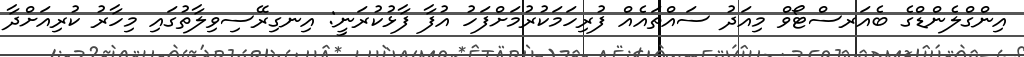
އިންގްލެންޑްގެ ބެއަރސްޓޯވް މިއަދު ސައްތައެއް ފުރިހަމަކުރުމަށްފަހު އުފާ ފާޅުކުރަނީ: އިނގިރޭސިވިލާތުގައި މިހާރު ކުރިއަށްދާ